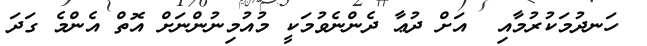
ހަނދުމަކުރުމާއި  އަށް ދުޢާ ދެންނެވުމަކީ މުއުމިނުންނަށް އޮތް އެންމެ ގަދަ